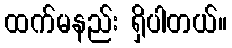
ထက်မနည်း ရှိပါတယ်။